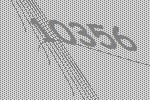
10356